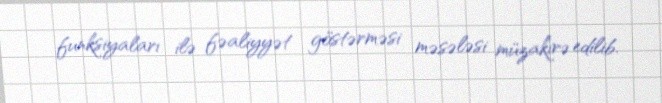
funksiyaları ilə fəaliyyət göstərməsi məsələsi müzakirə edilib.